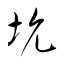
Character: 坑